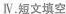
Ⅳ.短文填空